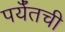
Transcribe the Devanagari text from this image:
पर्यँतची